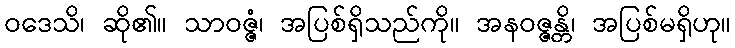
ဝဒေသိ၊ ဆို၏။ သာဝဇ္ဇံ၊ အပြစ်ရှိသည်ကို။ အနဝဇ္ဇန္တိ၊ အပြစ်မရှိဟု။